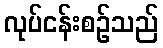
လုပ်ငန်းစဉ်သည်